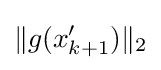
\|g(x'_{k+1})\|_{2}